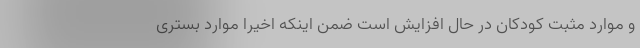
و موارد مثبت کودکان در حال افزایش است ضمن اینکه اخیرا موارد بستری